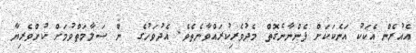
އެއުރެން އެކަކު އަނެކަކަށް ފެންނާނެގޮތް މެދުވެރިކުރައްވާނެތެވެ. އެދުވަހުގެ  ން ސަލާމަތްވުމަށް ކުށްވެރިޔާ